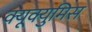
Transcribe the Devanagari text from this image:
क्यूक्युमिस